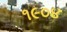
૧૯૦૪